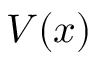
V ( x )